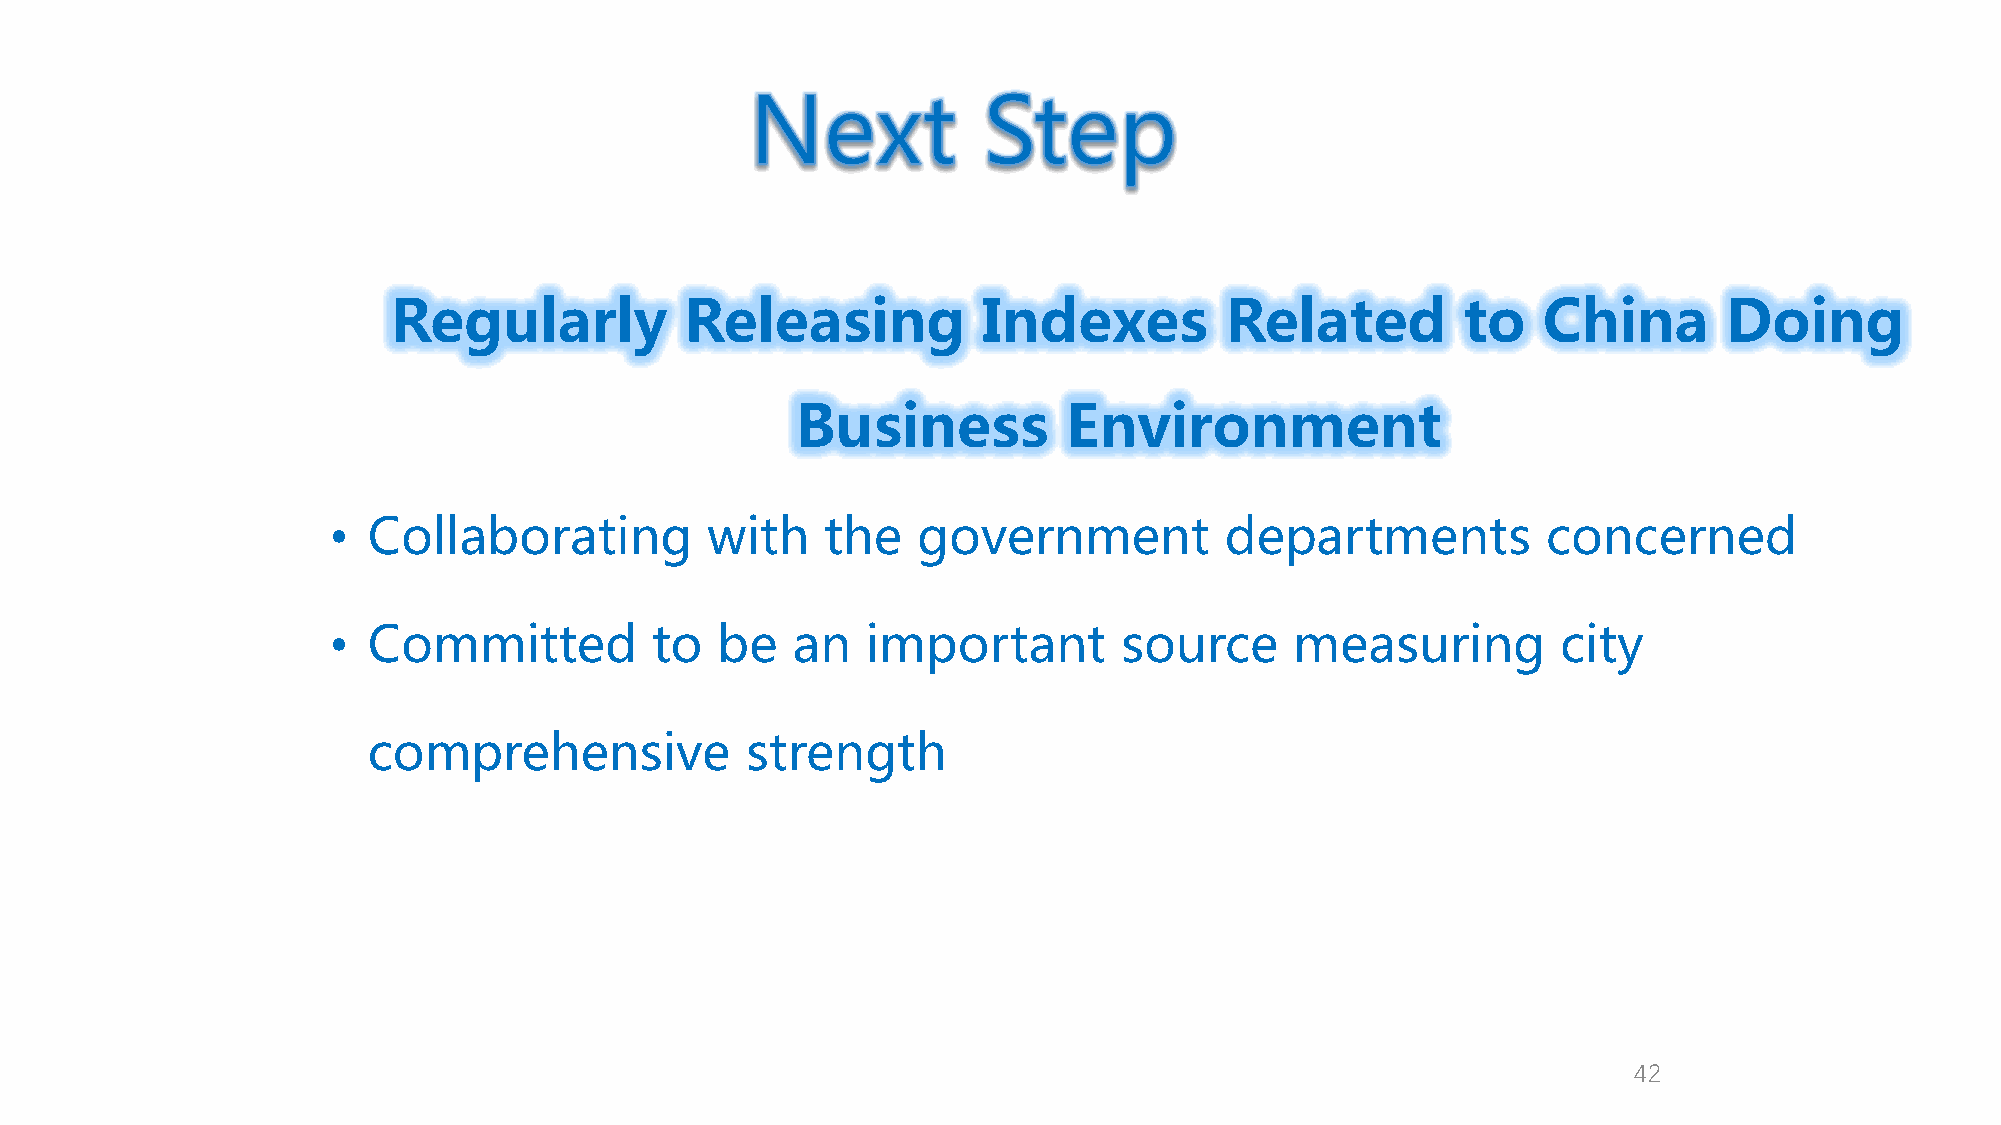
Regularly          Releasing           Indexes         Related         to   China       Doing
 Business          Environment
 • Collaborating          with    the   government          departments          concerned
 • Committed          to  be   an   important        source      measuring        city
 comprehensive            strength
 42